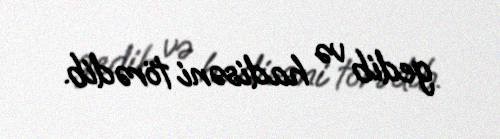
gedib və hadisəni törədib.